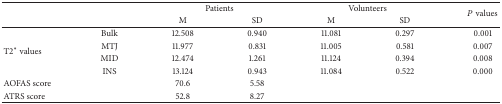
<table><thead><tr><td><b> </b></td><td><b> </b></td><td colspan="2"><b>Patients</b></td><td colspan="2"><b>Volunteers</b></td><td rowspan="2"><b><i>P</i> values</b></td></tr><tr><td><b> </b></td><td><b> </b></td><td><b>M</b></td><td><b>SD</b></td><td><b>M</b></td><td><b>SD</b></td></tr></thead><tbody><tr><td rowspan="4">T2<sup><i>∗</i></sup> values</td><td>Bulk</td><td>12.508</td><td>0.940</td><td>11.081</td><td>0.297</td><td>0.001</td></tr><tr><td>MTJ</td><td>11.977</td><td>0.831</td><td>11.005</td><td>0.581</td><td>0.007</td></tr><tr><td>MID</td><td>12.474</td><td>1.261</td><td>11.124</td><td>0.394</td><td>0.008</td></tr><tr><td>INS</td><td>13.124</td><td>0.943</td><td>11.084</td><td>0.522</td><td>0.000</td></tr><tr><td>AOFAS score</td><td> </td><td>70.6</td><td>5.58</td><td> </td><td> </td><td> </td></tr><tr><td>ATRS score</td><td> </td><td>52.8</td><td>8.27</td><td> </td><td> </td><td> </td></tr></tbody></table>